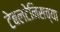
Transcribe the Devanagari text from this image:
टेबलटेनिसच्या